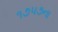
૧૭૫૭ના